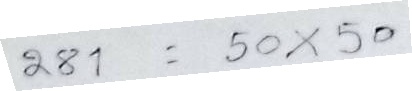
281 = 50 x 50